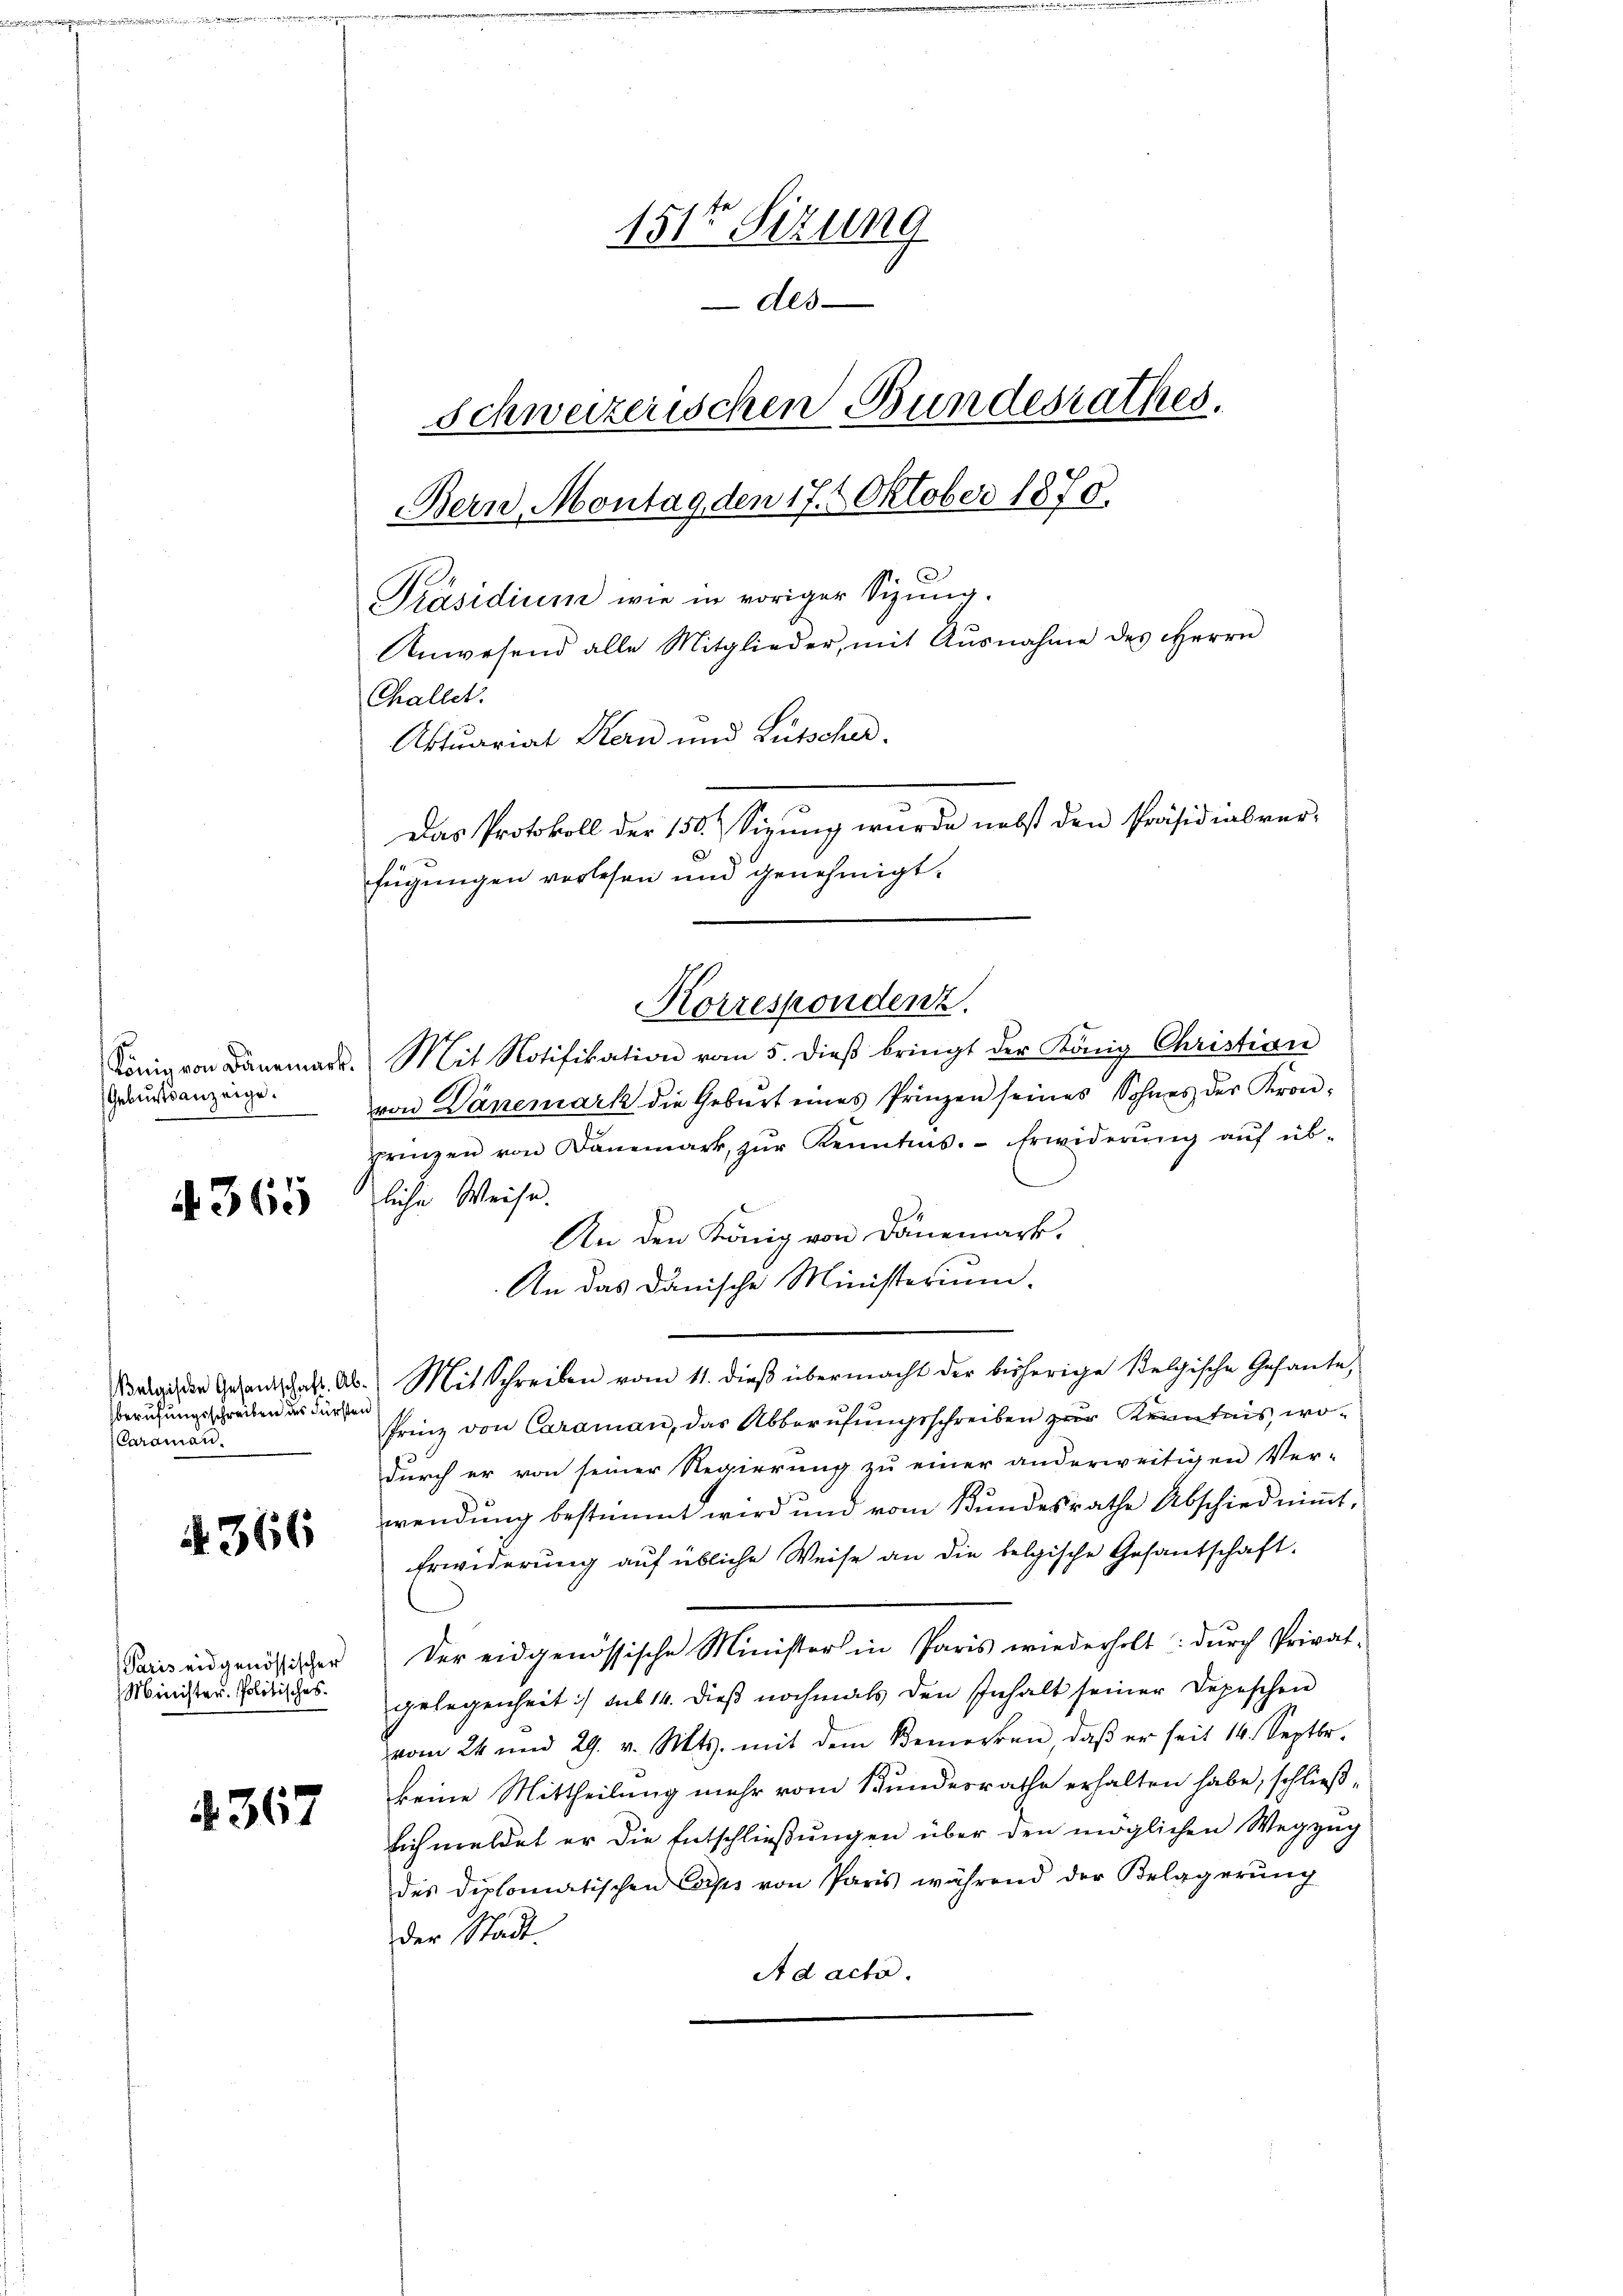
König von Dänemar
Geburtsanzeige.

365

berufungsschreiben des Fürsten
Caramen.

366

Paris eidgenössischer
Minister. Politisches.

4367

151t Sizung
des
Schweizerischen Bundesrathes.
Bern, Montag den 17. 2. Oktober 1870.
Präsidium wie in voriger Sizung.
Anwesend alle Mitglieder, mit Ausnahme des Herrn
Challet.
Aktuariat Kern und Lütscher.
Das Protokoll der 150. Sizung wurde nebst den Präsidialver-
fügungen verlesen und genehmigt.

Mit Notifikation vom 5. dieβ bringt der König Christian
von Dänemark die Geburt eines Prinzen seines Sohnes der Kronprinzen von Danemark, zŭr Kenntnis. Erwiderŭng aŭf üb-
liche Weise.
An den König von Dänemark.
An das danische Ministerium.
Belgien Gesandtschaft. Ab. Mit Schreiben vom 11. dieβ übermacht der bisherige Belgische Gesante,
Prinz von Caraman, das Abberufungsschreiben zur Kenntnis, wodurch er von seiner Regierung zu einer anderweitigen Ver-
wendung bestimmt wird und vom Bundesrathe Abschied niṁt,
Erwiderung auf übliche Weise an die belgische Gesantschaft.
Der eidgenössische Minister in Paris wiederholt: dŭrch Privat-
gelegenheit) sub 14. dieβ nochmals den Inhalt seiner Depeschen
vom 24 und 29. v. Mts. mit dem Bemerken, daβ er seit 14. Septbr.
keine Mittheilung mehr vom Bundesrathe erhalten habe, schließsich meldet er die Entschließungen über den möglichen Wegzug
des diplomatischen Corps von Paris während der Belagerŭng
der Stadt.
A d acta.

Korrespondenz.